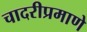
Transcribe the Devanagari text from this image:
चादरीप्रमाणे